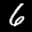
Label: 6